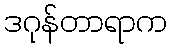
ဒဂုန်တာရာက